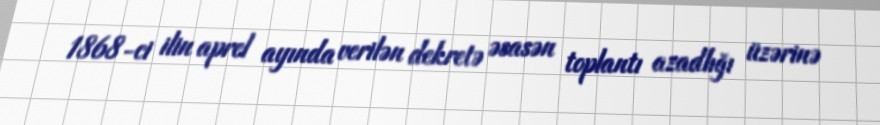
1868-ci ilin aprel ayında verilən dekretə əsasən toplantı azadlığı üzərinə